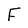
Character: F